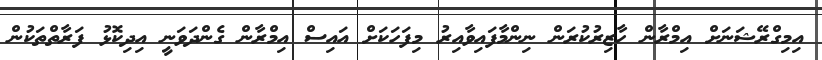
އިމިގްރޭޝަނަށް އިމްރާން ހާޒިރުކުރަން ނިންމާފައިވާއިރު މިފަހަކަށް އައިސް އިމްރާން ގެންދަވަނީ އިދިކޮޅު ފަރާތްތަކުން